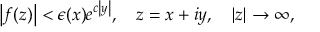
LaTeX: \left| f ( z ) \right| < \epsilon ( x ) e ^ { c \left| y \right| } , \quad z = x + i y , \quad \left| z \right| \rightarrow \infty ,